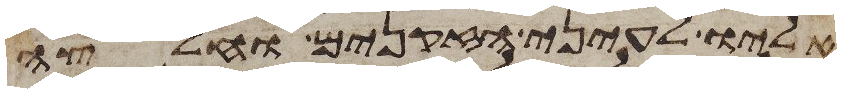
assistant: אליו לעיני הזקנים וחלצה